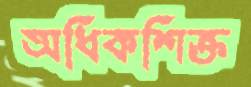
অধিকশিক্ত